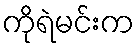
ကိုရဲမင်းက